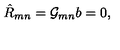
\hat { R } _ { m n } = { \cal G } _ { m n } b = 0 ,